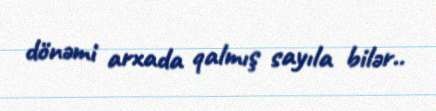
dönəmi arxada qalmış sayıla bilər..